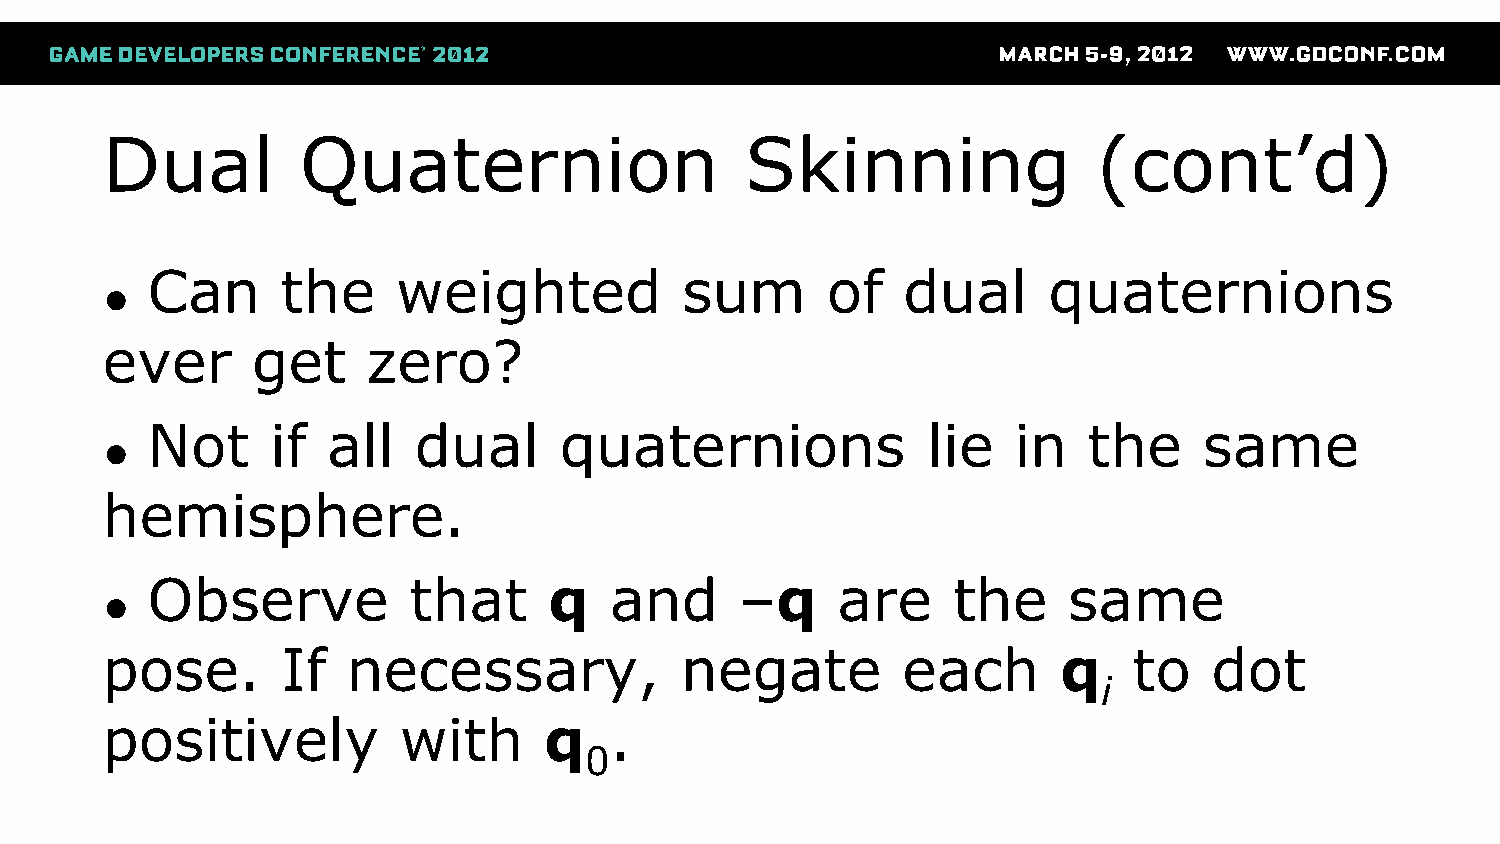
Dual         Quaternion                   Skinning                (cont’d)
 Can      the    weighted           sum       of   dual     quaternions
 ●
 ever      get    zero?
 Not     if  all  dual      quaternions             lie   in   the     same
 ●
 hemisphere.
 Observe          that     q   and      –q    are     the     same
 ●
 pose.       If  necessary,            negate         each      q    to   dot
 i
 positively         with      q   .
 0